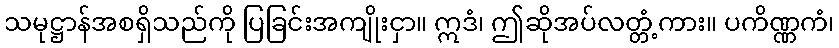
သမုဋ္ဌာန်အစရှိသည်ကို ပြခြင်းအကျိုးငှာ။ ဣဒံ၊ ဤဆိုအပ်လတ္တံ့ကား။ ပကိဏ္ဏကံ၊